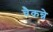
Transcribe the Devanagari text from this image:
चैकन्ने